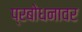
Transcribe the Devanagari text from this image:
प्रबोधनावर